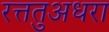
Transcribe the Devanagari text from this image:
रत्ततुअधरा